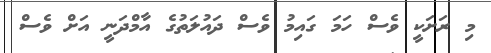
މި ރަށަކީ ވެސް ހަމަ ގައިމު ވެސް ދައުލަތުގެ އާމްދަނީ އަށް ވެސް